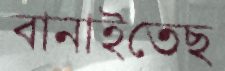
বানাইতেছ